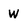
Character: W